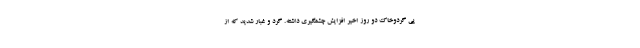
پی گردوخاک دو روز اخیر افزایش چشمگیری داشته. گرد و غبار شدید که از